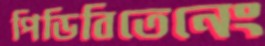
পিডিবিতেনেং